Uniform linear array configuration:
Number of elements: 8
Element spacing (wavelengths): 0.5
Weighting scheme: exponential
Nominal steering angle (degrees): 0
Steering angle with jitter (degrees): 0.6485
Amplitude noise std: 0.05
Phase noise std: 0.05

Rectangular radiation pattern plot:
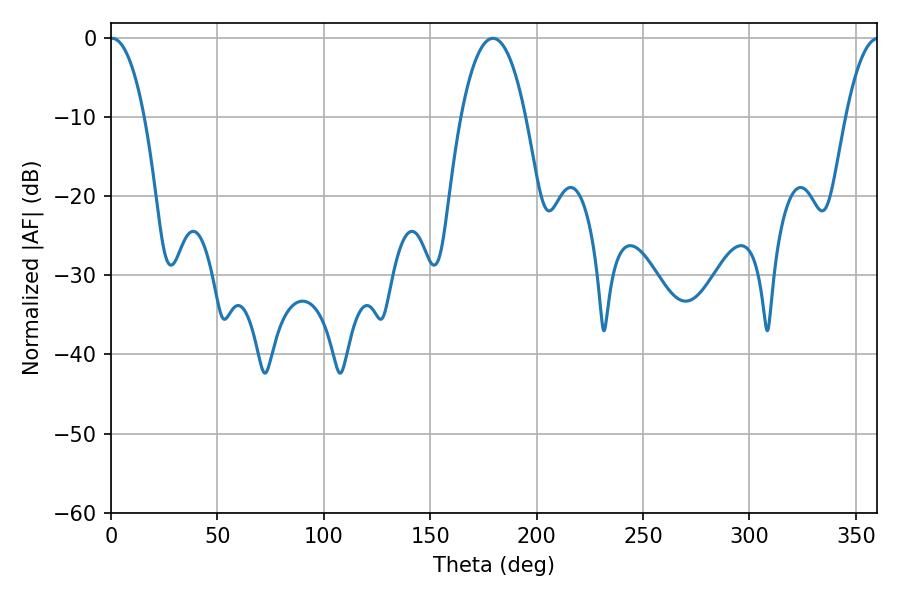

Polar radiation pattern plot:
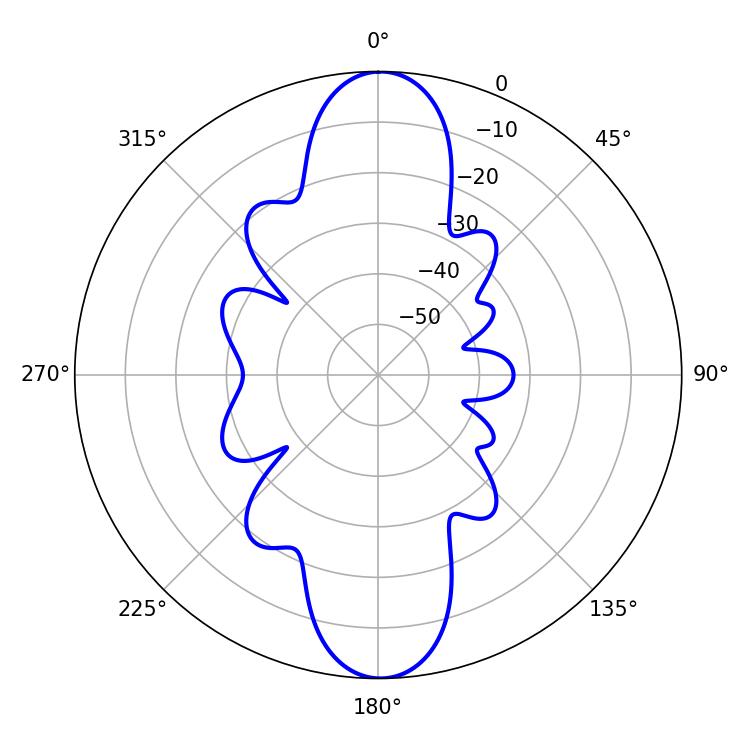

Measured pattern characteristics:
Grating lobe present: FALSE
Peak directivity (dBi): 38.887
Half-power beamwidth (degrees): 9
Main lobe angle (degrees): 0.54